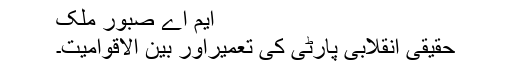
ایم اے صبور ملک
حقیقی انقلابی پارٹی کی تعمیراور بین الاقوامیت۔